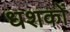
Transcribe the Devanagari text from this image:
धशकों